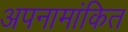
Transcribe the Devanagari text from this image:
अपनामांकित